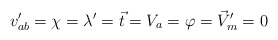
\begin{align*}v_{ab}'=\chi=\lambda'=\vec{t}=V_a=\varphi=\vec{V}'_m=0\end{align*}